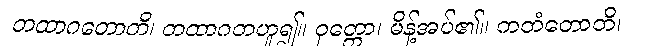
တထာဂတောတိ၊ တထာဂတဟူ၍။ ဝုတ္တော၊ မိန့်အပ်၏။ ကတံတောတိ၊